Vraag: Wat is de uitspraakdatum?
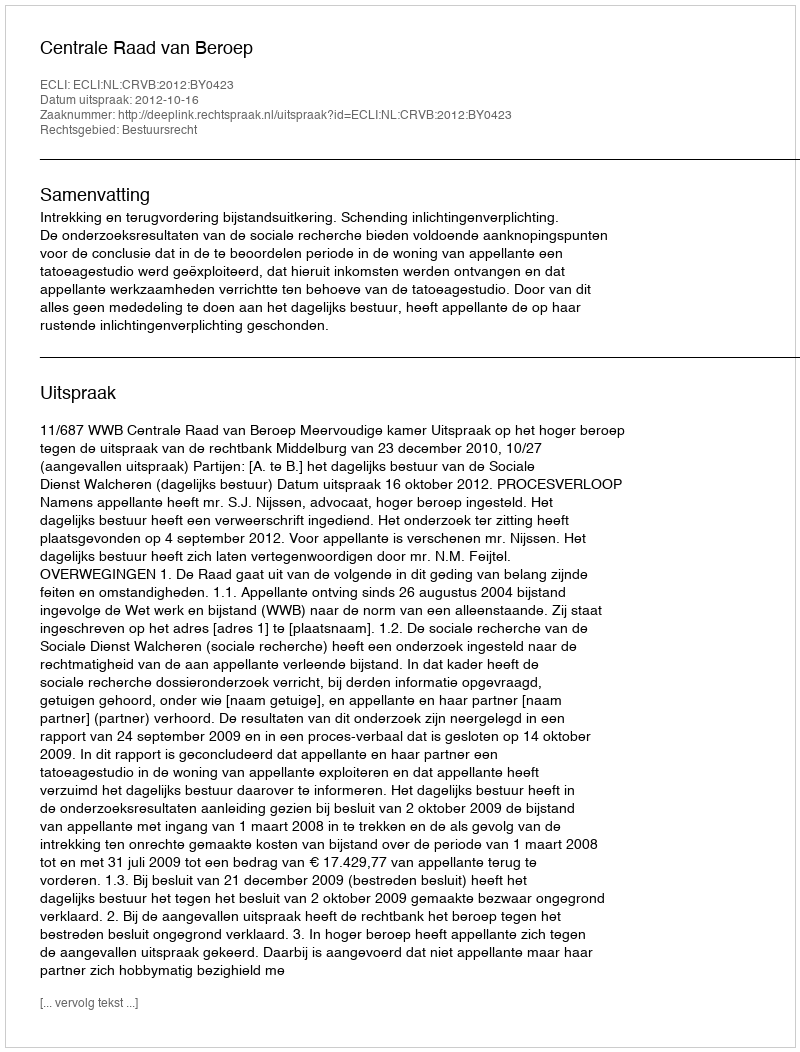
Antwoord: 2012-10-16